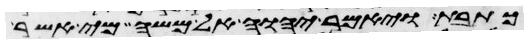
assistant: כתבת ויאמר יהוה אל משה מי אשר